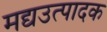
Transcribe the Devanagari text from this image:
मद्यउत्पादक